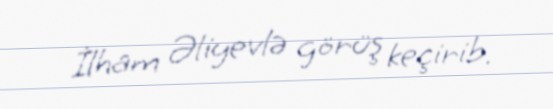
İlham Əliyevlə görüş keçirib.